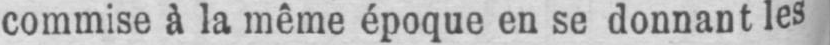
commise à la même époque en se donnant les